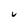
Character: u